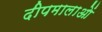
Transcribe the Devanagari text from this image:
दीपमालाओं